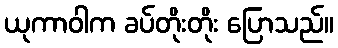
ယုကာဝါက ခပ်တိုးတိုး ပြောသည်။